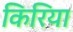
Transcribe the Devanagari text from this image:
किरिया